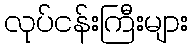
လုပ်ငန်းကြီးများ